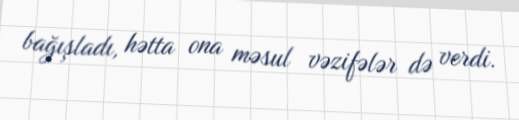
bağışladı, hətta ona məsul vəzifələr də verdi.